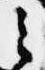
之